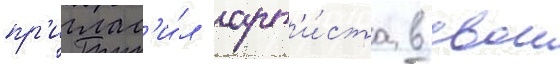
пр'иглас'и́л арт'и́ста в свои